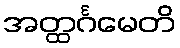
အတ္ထင်္ဂမေတိ